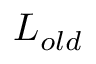
L _ { o l d }